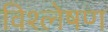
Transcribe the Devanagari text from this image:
विश्ल्‍ोषण